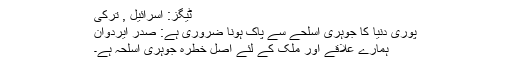
ٹیگز: اسرائیل , ترکی
پوری دنیا کا جوہری اسلحے سے پاک ہونا ضروری ہے: صدر ایردوان
ہمارے علاقے اور ملک کے لئے اصل خطرہ جوہری اسلحہ ہے۔